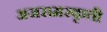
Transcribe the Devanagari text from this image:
अजरामरकृती